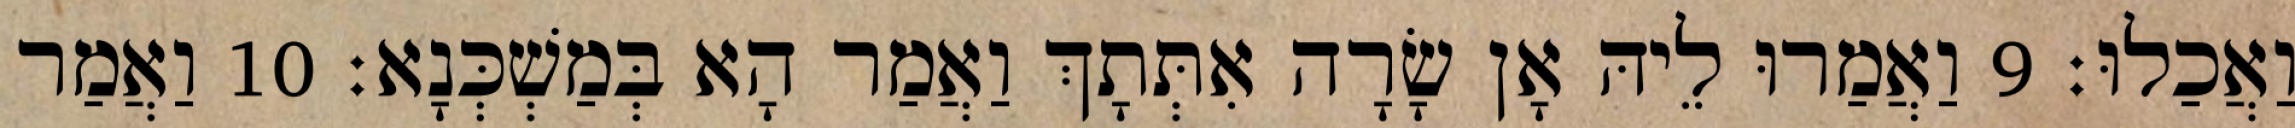
וַאֲכַלוּ׃ 9 וַאֲמַרוּ לֵיהּ אָן שָׂרָה אִתְּתָךְ וַאֲמַר הָא בְּמַשְׁכְּנָא׃ 10 וַאֲמַר